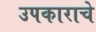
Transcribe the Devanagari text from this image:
उपकाराचे